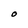
Character: O